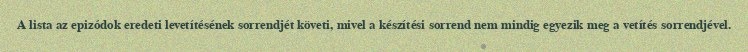
A lista az epizódok eredeti levetítésének sorrendjét követi, mivel a készítési sorrend nem mindig egyezik meg a vetítés sorrendjével.